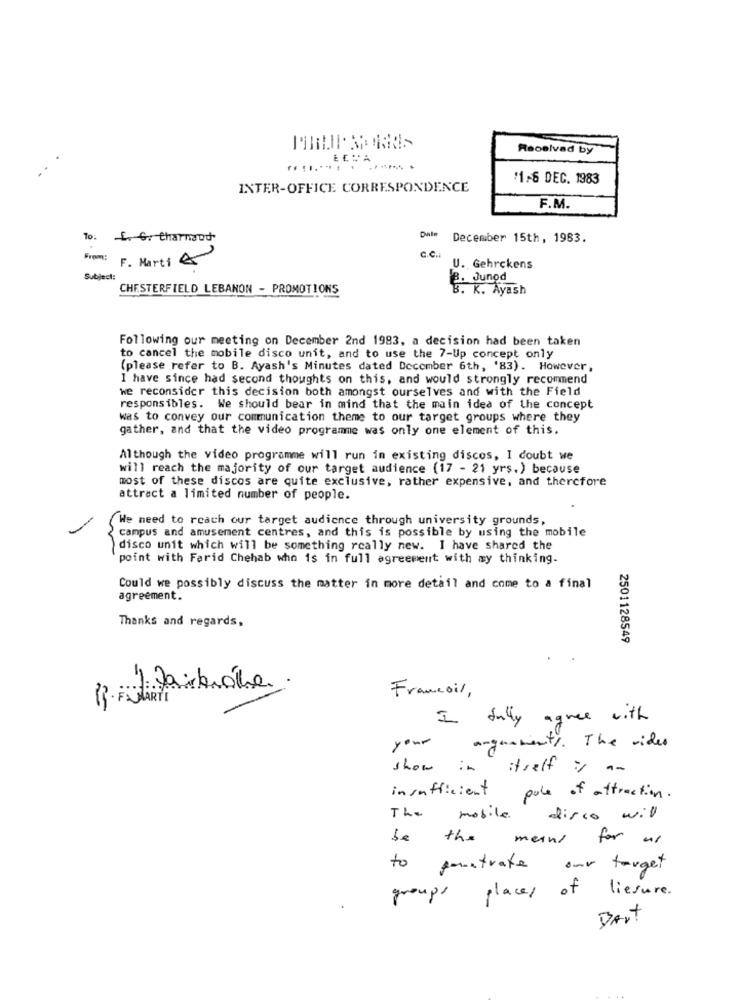
Received by
.. ....... . ........ .
$1-6 DEC. 1983
INTER-OFFICE CORRESPONDENCE
F.M.
Data
To:
E. G. tharnaud
December 15th, 1983.
From: F. Marti A
c.c
U. Gehrckens
Subject:
B. Junod
CHESTERFIELD LEBANON - PROMOTIONS
B. K. Ayash
Following our meeting on December 2nd 1983, a decision had been taken
to cancel the mobile disco unit, and to use the 7-Up concept only
(please refer to B. Ayash's Minutes dated December 6th, '83). However,
I have since had second thoughts on this, and would strongly recommend
we reconsider this decision both amongst ourselves and with the Field
responsibles. We should bear in mind that the main idea of the concept
was to convey our communication theme to our target groups where they
gather, and that the video programme was only one element of this.
Although the video programme will run in existing discos, I doubt we
will reach the majority of our target audience (17 - 21 yrs.) because
most of these discos are quite exclusive, rather expensive, and therefore
attract a limited number of people.
We need to reach our target audience through university grounds,
campus and amusement centres, and this is possible by using the mobile
disco unit which will be something really new. I have shared the
point with Farid Chehab who is in full agreement with my thinking.
Could we possibly discuss the matter in more detail and come to a final
agreement.
Thanks and regards,
2501128549
Francois,
I fully agree with
your
argumenty . The video
show in itself is an
insufficient
pale of attraction.
The mobile disco will
be the
means for as
to pointrate our target
groups places of liesure.
Dart